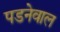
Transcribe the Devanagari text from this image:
पडनेवाल